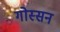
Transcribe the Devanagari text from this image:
गोस्सन